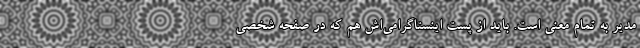
مدیر به تمام معنی است. باید از پست اینستاگرامی‌اش هم که در صفحه شخصی‌